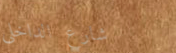
شارع الداخلي